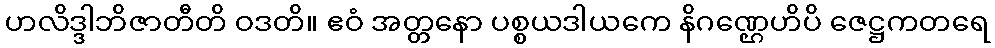
ဟလိဒ္ဒါဘိဇာတီတိ ဝဒတိ။ ဧဝံ အတ္တနော ပစ္စယဒါယကေ နိဂဏ္ဌေဟိပိ ဇေဋ္ဌကတရေ